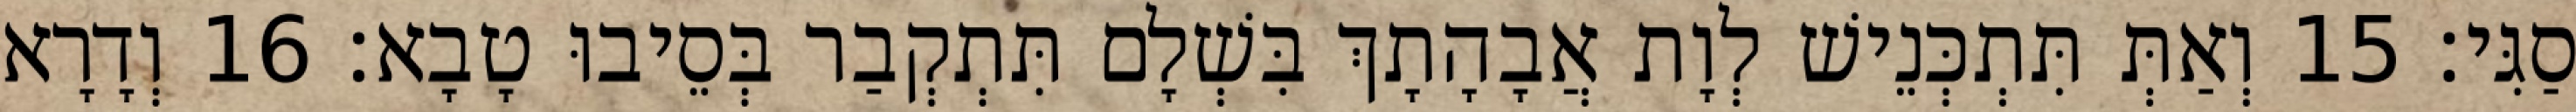
סַגִּי׃ 15 וְאַתְּ תִּתְכְּנֵישׁ לְוָת אֲבָהָתָךְ בִּשְׁלָם תִּתְקְבַר בְּסֵיבוּ טָבָא׃ 16 וְדָרָא